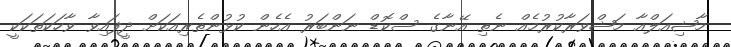
މާޝިއަލްއާ މަޝްވަރާކުރުމެއް ނެތި އޭނާގެ ސްކޮޑް ނަންބަރު އެހެން ކުޅުންތެރިއަކަށް ދީފައިވާ ވާހަކަތަކަކީ